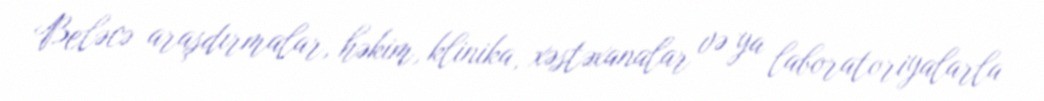
Beləcə araşdırmalar, həkim, klinika, xəstəxanalar və ya laboratoriyalarla